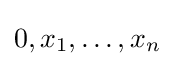
0,x_{1},\dots ,x_{n}